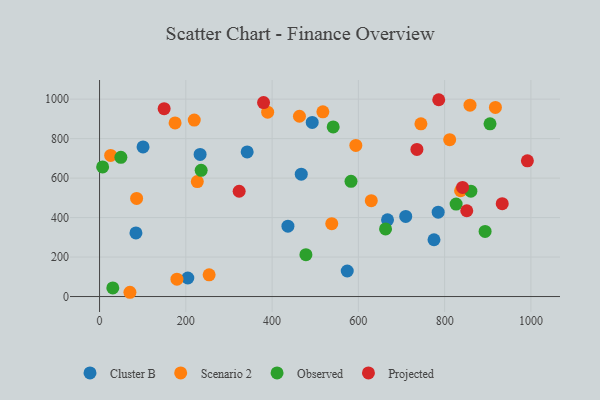
{"axis": {"x": "Investment", "y": "Profit"}, "legend": ["Cluster B", "Observed", "Projected", "Scenario 2"], "data": [{"x": "709.8", "y": 405.9, "type": "Cluster B"}, {"x": "667.6", "y": 388.5, "type": "Cluster B"}, {"x": "84.3", "y": 322.5, "type": "Cluster B"}, {"x": "775.3", "y": 287.8, "type": "Cluster B"}, {"x": "204.6", "y": 93.9, "type": "Cluster B"}, {"x": "493.0", "y": 882.0, "type": "Cluster B"}, {"x": "785.0", "y": 427.5, "type": "Cluster B"}, {"x": "342.2", "y": 732.5, "type": "Cluster B"}, {"x": "467.6", "y": 620.0, "type": "Cluster B"}, {"x": "436.7", "y": 356.6, "type": "Cluster B"}, {"x": "233.1", "y": 719.8, "type": "Cluster B"}, {"x": "100.8", "y": 757.8, "type": "Cluster B"}, {"x": "574.2", "y": 129.3, "type": "Cluster B"}, {"x": "254.0", "y": 109.8, "type": "Scenario 2"}, {"x": "811.7", "y": 794.6, "type": "Scenario 2"}, {"x": "517.7", "y": 935.7, "type": "Scenario 2"}, {"x": "175.1", "y": 879.8, "type": "Scenario 2"}, {"x": "70.4", "y": 21.6, "type": "Scenario 2"}, {"x": "837.0", "y": 536.0, "type": "Scenario 2"}, {"x": "219.5", "y": 894.1, "type": "Scenario 2"}, {"x": "745.0", "y": 874.8, "type": "Scenario 2"}, {"x": "538.3", "y": 369.2, "type": "Scenario 2"}, {"x": "226.6", "y": 582.6, "type": "Scenario 2"}, {"x": "85.9", "y": 497.0, "type": "Scenario 2"}, {"x": "389.7", "y": 934.2, "type": "Scenario 2"}, {"x": "629.9", "y": 485.9, "type": "Scenario 2"}, {"x": "463.4", "y": 913.5, "type": "Scenario 2"}, {"x": "917.7", "y": 958.1, "type": "Scenario 2"}, {"x": "858.8", "y": 969.4, "type": "Scenario 2"}, {"x": "25.7", "y": 715.0, "type": "Scenario 2"}, {"x": "594.1", "y": 765.5, "type": "Scenario 2"}, {"x": "179.4", "y": 88.1, "type": "Scenario 2"}, {"x": "7.1", "y": 656.6, "type": "Observed"}, {"x": "541.6", "y": 859.2, "type": "Observed"}, {"x": "30.7", "y": 43.8, "type": "Observed"}, {"x": "893.8", "y": 330.1, "type": "Observed"}, {"x": "49.4", "y": 705.1, "type": "Observed"}, {"x": "860.8", "y": 533.8, "type": "Observed"}, {"x": "826.6", "y": 468.5, "type": "Observed"}, {"x": "582.9", "y": 583.6, "type": "Observed"}, {"x": "663.0", "y": 342.4, "type": "Observed"}, {"x": "905.2", "y": 875.2, "type": "Observed"}, {"x": "478.4", "y": 212.0, "type": "Observed"}, {"x": "235.5", "y": 639.2, "type": "Observed"}, {"x": "735.7", "y": 745.1, "type": "Projected"}, {"x": "149.7", "y": 951.8, "type": "Projected"}, {"x": "933.5", "y": 470.5, "type": "Projected"}, {"x": "786.3", "y": 997.1, "type": "Projected"}, {"x": "380.2", "y": 982.7, "type": "Projected"}, {"x": "323.6", "y": 533.4, "type": "Projected"}, {"x": "841.5", "y": 552.6, "type": "Projected"}, {"x": "851.3", "y": 434.5, "type": "Projected"}, {"x": "991.8", "y": 687.8, "type": "Projected"}]}